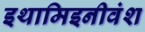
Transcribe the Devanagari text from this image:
इथामिइनीवंश